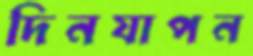
দিনযাপন